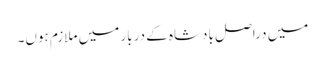
میں دراصل بادشاہ کے دربار میں ملازم ہوں۔